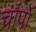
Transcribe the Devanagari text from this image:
चांपों